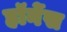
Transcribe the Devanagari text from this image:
हॉर्नेस